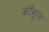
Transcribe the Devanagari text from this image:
काँसुल